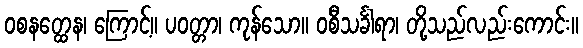
ဝစနတ္ထေန၊ ကြောင့်။ ပဝတ္တာ၊ ကုန်သော။ ဝစီသင်္ခါရာ၊ တို့သည်လည်းကောင်း။